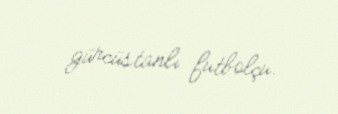
gürcüstanlı futbolçu.